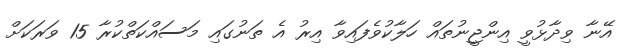
އޭނާ ވިދާޅުވީ އިންޖީނުތައް ހަލާކުވެފައިވާ އިރު އެ ތަނުގައި މަސައްކަތްކުރާ 15 ވަރަކަށް